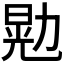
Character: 𫦴